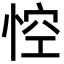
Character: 悾